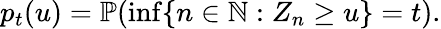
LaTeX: p_{t}(u)=\mathbb{P}(\operatorname*{inf}\{ n\in\mathbb{N}:Z_{n}\geq u\} =t).